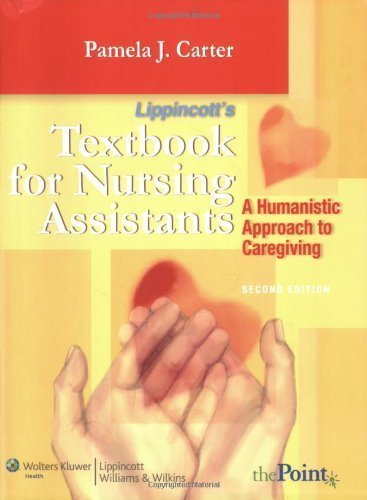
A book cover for Textbook for Nursing Assistants: A Humanistic Approach to Caregiving 2nd (second) Edition by Carter, Pamela J. (2007); Medical Books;